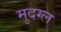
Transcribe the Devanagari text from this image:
मुदग्ल